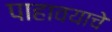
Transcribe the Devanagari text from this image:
पाहावयाचे